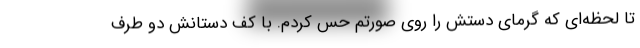
تا لحظه‌ای که گرمای دستش را روی صورتم حس کردم. با کف دستانش دو طرف